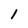
Character: 1